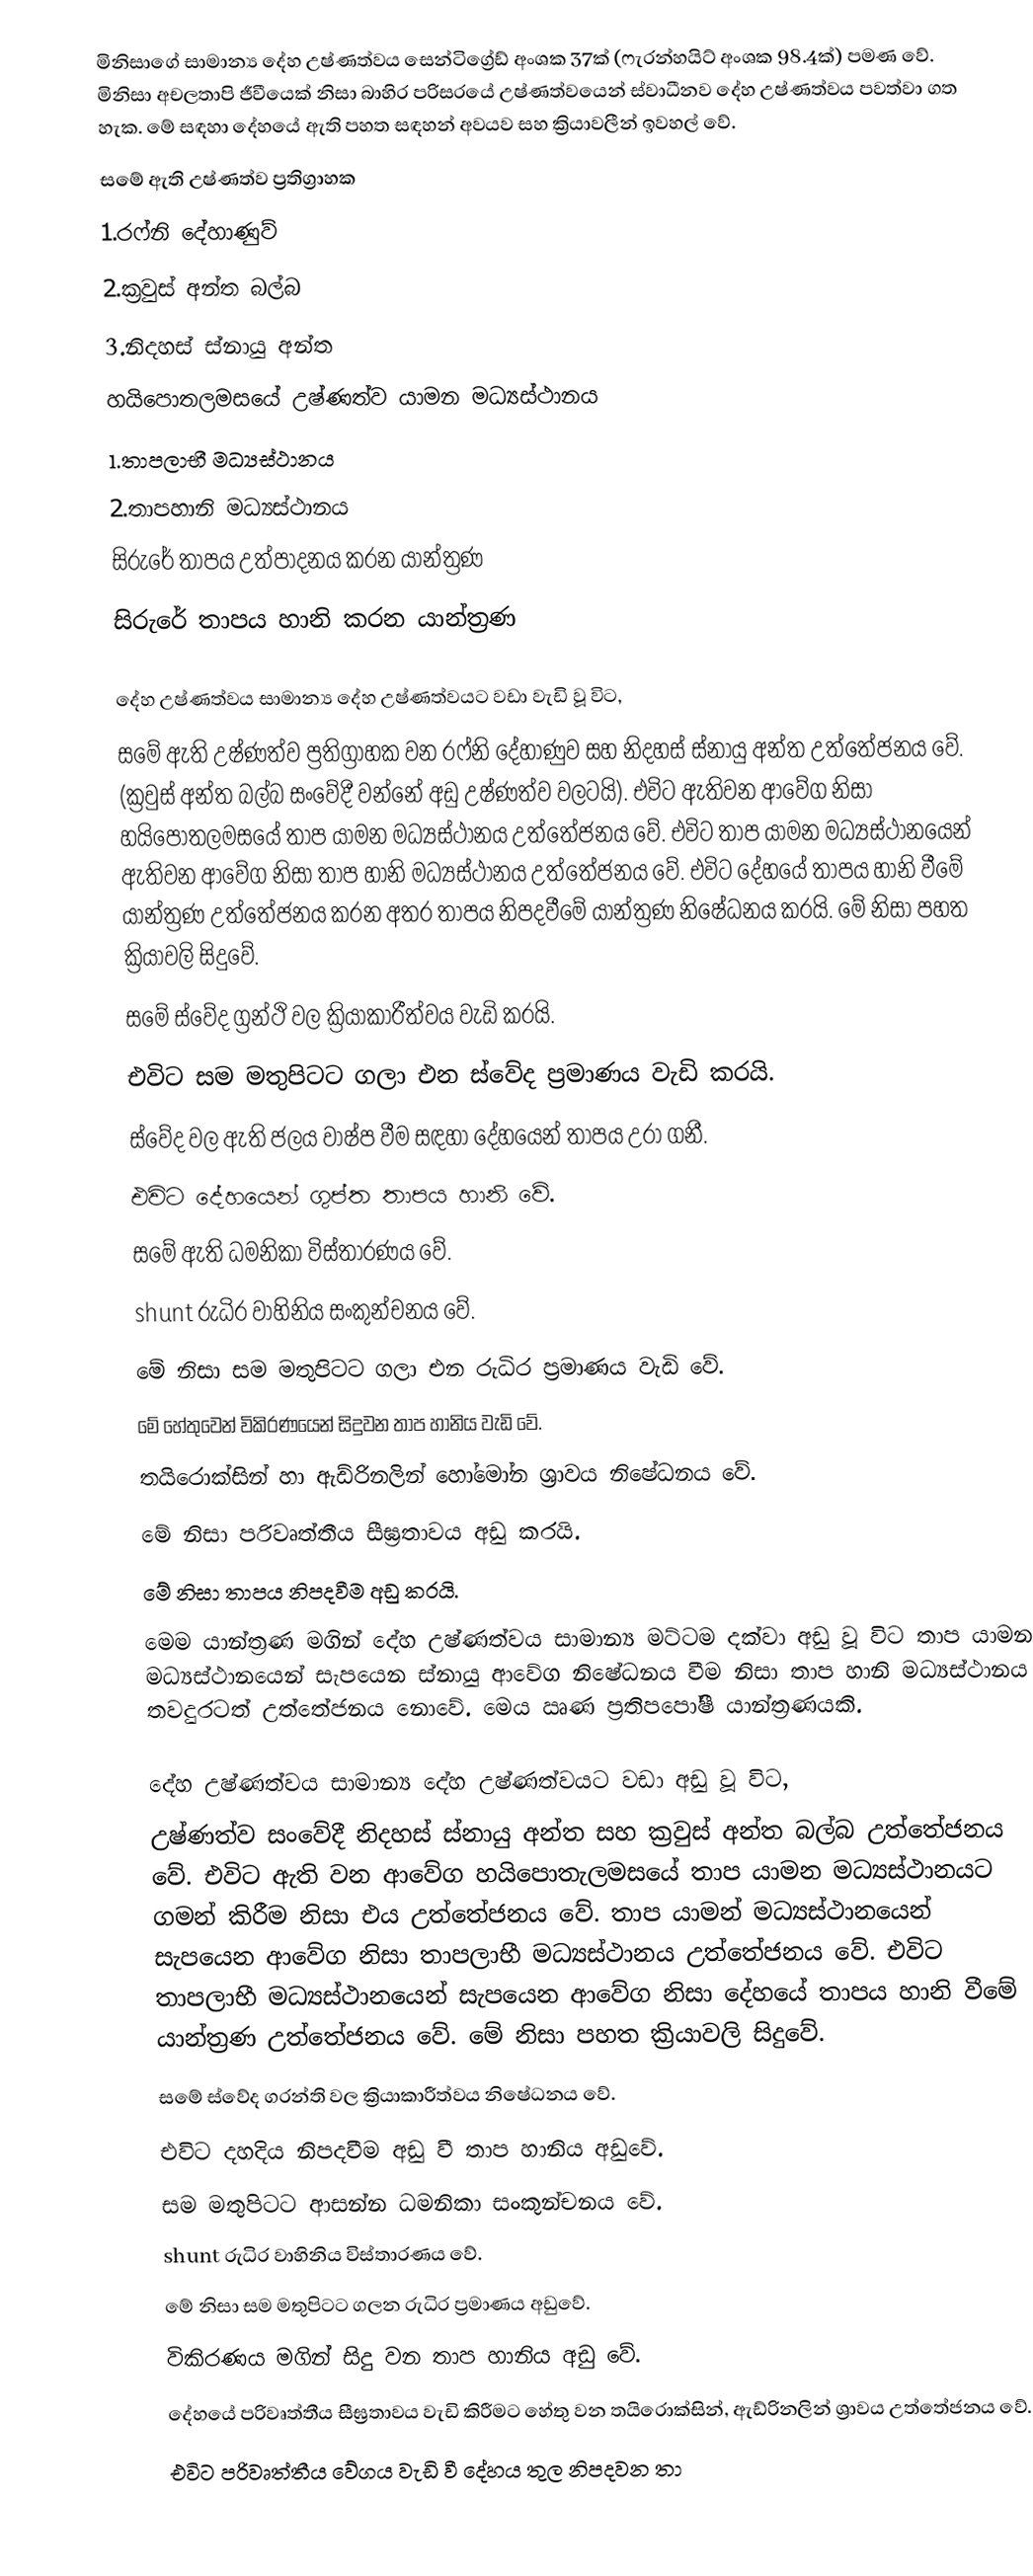
මිනිසාගේ සාමාන්‍ය දේහ උෂ්ණත්වය සෙන්ටිග්‍රේඩ් අංශක 37ක් (ෆැරන්හයිට් අංශක 98.4ක්) පමණ වේ. මිනිසා අචලතාපි ජීවීයෙක් නිසා බාහිර පරිසරයේ උෂ්ණත්වයෙන් ස්වාධීනව දේහ උෂ්ණත්වය පවත්වා ගත හැක. මේ සඳහා දේහයේ ඇති පහත සඳහන් අවයව සහ ක්‍රියාවලීන් ඉවහල් වේ.
සමේ ඇති උෂ්ණත්ව ප්‍රතිග්‍රාහක
1.රෆ්නි දේහාණුව්
2.ක්‍රවුස් අන්ත බල්බ
3.නිදහස් ස්නායු අන්ත
හයිපොතලමසයේ උෂ්ණත්ව යාමන මධ්‍යස්ථානය
1.තාපලාභී මධ්‍යස්ථානය
2.තාපහානි මධ්‍යස්ථානය
සිරුරේ තාපය උත්පාදනය කරන යාන්ත්‍රණ
සිරුරේ තාපය හානි කරන යාන්ත්‍රණ

දේහ උෂ්ණත්වය සාමාන්‍ය දේහ උෂ්ණත්වයට වඩා වැඩි වූ විට,
සමේ ඇති උෂ්ණත්ව ප්‍රතිග්‍රාහක වන රෆ්නි දේහාණුව සහ නිදහස් ස්නායු අන්ත උත්තේජනය වේ. (ක්‍රවුස් අන්ත බල්බ සංවේදී වන්නේ අඩු උෂ්ණත්ව වලටයි). එවිට ඇතිවන ආවේග නිසා හයිපොතලමසයේ තාප යාමන මධ්‍යස්ථානය උත්තේජනය වේ. එවිට තාප යාමන මධ්‍යස්ථානයෙන් ඇතිවන ආවේග නිසා තාප හානි මධ්‍යස්ථානය උත්තේජනය වේ. එවිට දේහයේ තාපය හානි වීමේ යාන්ත්‍රණ උත්තේජනය කරන අතර තාපය නිපදවීමේ යාන්ත්‍රණ නිෂේධනය කරයි. මේ නිසා පහත ක්‍රියාවලි සිදුවේ.
සමේ ස්වේද ග්‍රන්ථි වල ක්‍රියාකාරීත්වය වැඩි කරයි.
එවිට සම මතුපිටට ගලා එන ස්වේද ප්‍රමාණය වැඩි කරයි.
ස්වේද වල ඇති ජලය වාෂ්ප වීම සඳහා දේහයෙන් තාපය උරා ගනී.
එවිට දේහයෙන් ගුප්ත තාපය හානි වේ.
සමේ ඇති ධමනිකා විස්තාරණය වේ.
shunt රුධිර වාහිනිය සංකුන්චනය වේ.
මේ නිසා සම මතුපිටට ගලා එන රුධිර ප්‍රමාණය වැඩි වේ.
මේ හේතුවෙන් විකිරණයෙන් සිදුවන තාප හානිය වැඩි වේ.
තයිරොක්සින් හා ඇඩ්රිනලින් හෝමෝන ශ්‍රාවය නිෂේධනය වේ.
මේ නිසා පරිවෘත්තීය සීඝ්‍රතාවය අඩු කරයි.
මේ නිසා තාපය නිපදවීම අඩු කරයි.
මෙම යාන්ත්‍රණ මගින් දේහ උෂ්ණත්වය සාමාන්‍ය මට්ටම දක්වා අඩු වූ විට තාප යාමන මධ්‍යස්ථානයෙන් සැපයෙන ස්නායු ආවේග නිෂේධනය වීම නිසා තාප හානි මධ්‍යස්ථානය තවදුරටත් උත්තේජනය නොවේ. මෙය ඍණ ප්‍රතිපපෝෂී යාන්ත්‍රණයකි.

දේහ උෂ්ණත්වය සාමාන්‍ය දේහ උෂ්ණත්වයට වඩා අඩු වූ විට,
උෂ්ණත්ව සංවේදී නිදහස් ස්නායු අන්ත සහ ක්‍රවුස් අන්ත බල්බ උත්තේජනය වේ. එවිට ඇති වන ආවේග හයිපොතැලමසයේ තාප යාමන මධ්‍යස්ථානයට ගමන් කිරීම නිසා එය උත්තේජනය වේ. තාප යාමන් මධ්‍යස්ථානයෙන් සැපයෙන ආවේග නිසා තාපලාභී මධ්‍යස්ථානය උත්තේජනය වේ. එවිට තාපලාභී මධ්‍යස්ථානයෙන් සැපයෙන ආවේග නිසා දේහයේ තාපය හානි වීමේ යාන්ත්‍රණ උත්තේජනය වේ. මේ නිසා පහත ක්‍රියාවලි සිදුවේ.
සමේ ස්වේද ගරන්ති වල ක්‍රියාකාරීත්වය නිෂේධනය වේ.
එවිට දහදිය නිපදවීම අඩු වී තාප හානිය අඩුවේ.
සම මතුපිටට ආසන්න ධමනිකා සංකුන්චනය වේ.
shunt රුධිර වාහිනිය විස්තාරණය වේ.
මේ නිසා සම මතුපිටට ගලන රුධිර ප්‍රමාණය අඩුවේ.
විකිරණය මගින් සිදු වන තාප හානිය අඩු වේ.
දේහයේ පරිවෘත්තීය සීඝ්‍රතාවය වැඩි කිරීමට හේතු වන තයිරොක්සින්, ඇඩ්රිනලින් ශ්‍රාවය උත්තේජනය වේ.
එවිට පරිවෘත්තීය වේගය වැඩි වී දේහය තුල නිපදවන තා